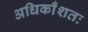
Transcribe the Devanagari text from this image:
अधिकाँशतः